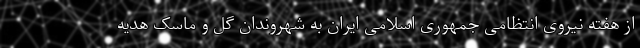
از هفته نیروی انتظامی جمهوری اسلامی ایران به شهروندان گل و ماسک هدیه